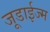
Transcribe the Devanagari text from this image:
जूडाईज्म